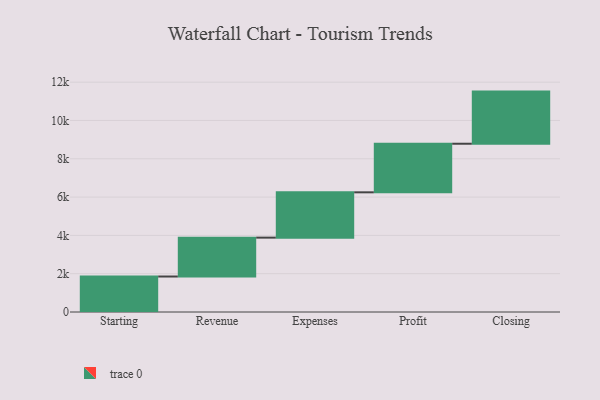
{"axis": {"x": "Step", "y": "Value"}, "legend": [""], "data": [{"x": "Starting", "y": 1853.0, "type": ""}, {"x": "Revenue", "y": 2030.0, "type": ""}, {"x": "Expenses", "y": 2366.0, "type": ""}, {"x": "Profit", "y": 2537.0, "type": ""}, {"x": "Closing", "y": 2722.0, "type": ""}]}